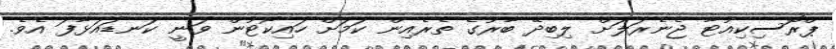
ޕްރޮސިކިއުޓާ ޖެނެރަލަށް ލިބިދޭ ބާރުގެ ތެރެއިން ކަމަށް ހައިކޯޓުން ވަނީ ކަނޑައަޅާފަ އެވެ.